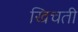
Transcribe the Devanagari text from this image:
खिचती